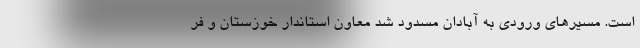
است. مسیرهای ورودی به آبادان مسدود شد معاون استاندار خوزستان و فر